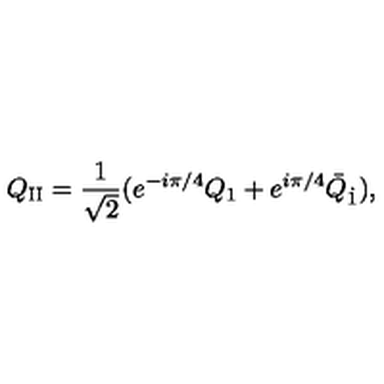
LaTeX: Q _ { \mathrm { I I } } = \frac { 1 } { \sqrt { 2 } } ( e ^ { - i \pi / 4 } Q _ { 1 } + e ^ { i \pi / 4 } \bar { Q } _ { \dot { 1 } } ) ,